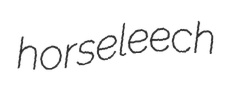
horseleech